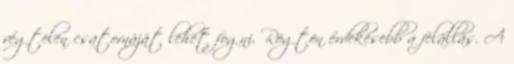
végtelen csatornáját lehet fogni. Rögtön érdekesebb a felállás. A